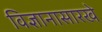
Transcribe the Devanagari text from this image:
विज्ञानासारखे